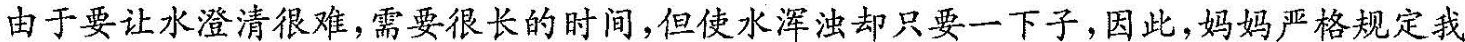
由于要让水澄清很难，需要很长的时间，但使水浑浊却是只要一下子，因此，妈妈严格规定我